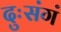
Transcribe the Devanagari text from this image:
दुःसंगं